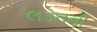
લડતની